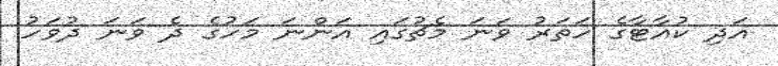
އަދި ކުއާޓާގެ ހަތަރު ވަނަ މެޗުގައި އަންނަ މަހުގެ ދެ ވަނަ ދުވަހު